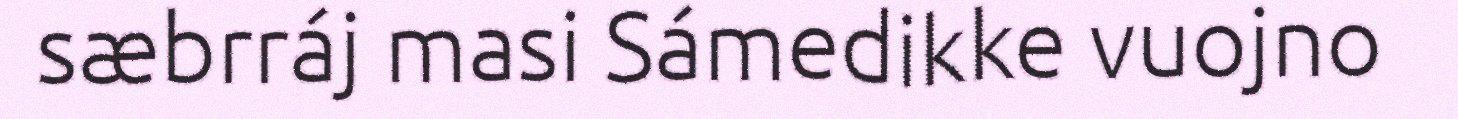
sæbrráj masi Sámedikke vuojno